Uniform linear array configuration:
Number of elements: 12
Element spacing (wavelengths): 0.25
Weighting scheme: uniform
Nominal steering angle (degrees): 60
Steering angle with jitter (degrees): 61.437
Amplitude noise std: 0.05
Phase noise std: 0.05

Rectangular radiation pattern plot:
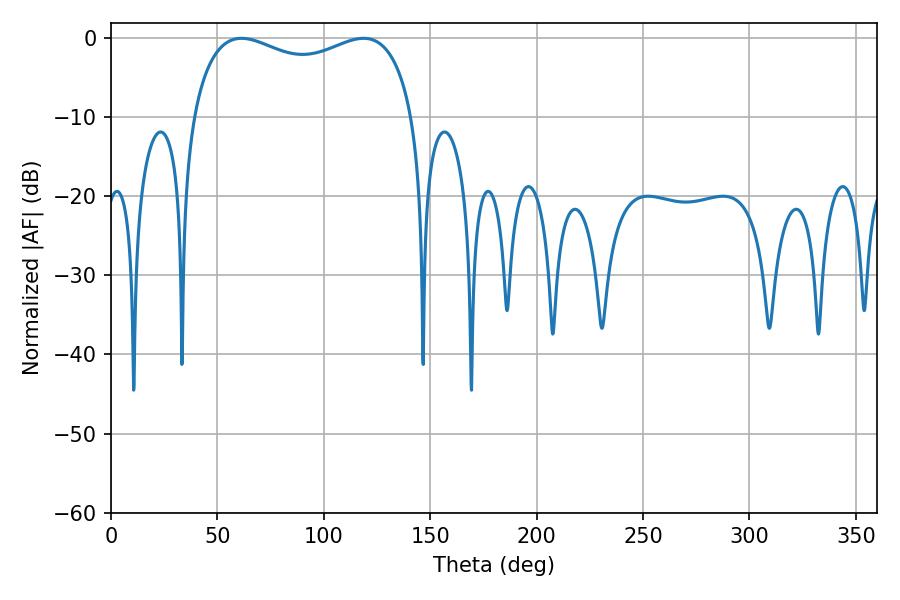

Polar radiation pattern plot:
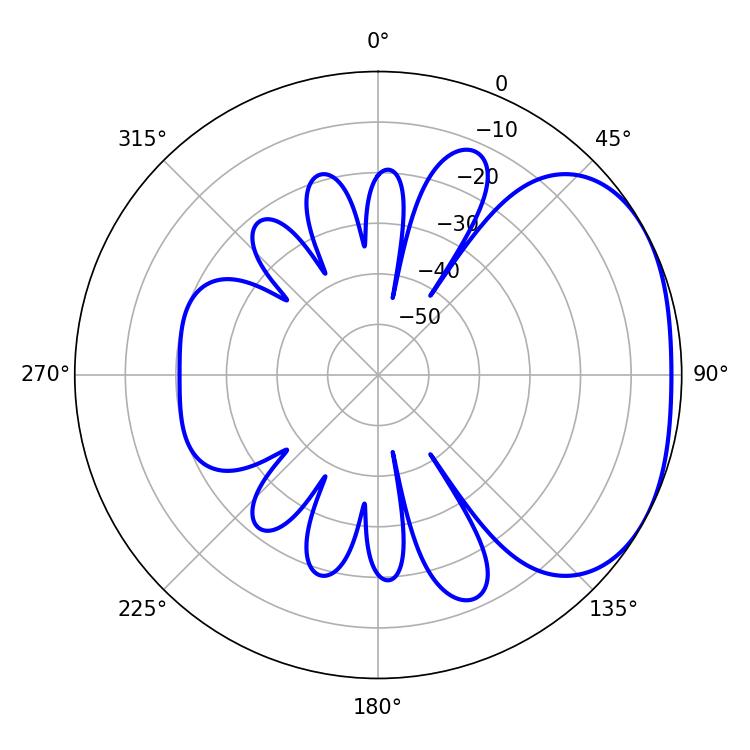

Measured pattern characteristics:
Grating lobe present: FALSE
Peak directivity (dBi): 2.402
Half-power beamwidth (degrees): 86.04
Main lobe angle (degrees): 61.38